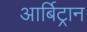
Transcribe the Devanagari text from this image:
आर्बिट्रान